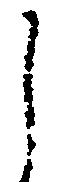
し